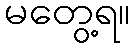
မတွေ့ရ။